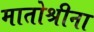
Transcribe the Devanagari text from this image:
मातोश्रीना